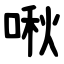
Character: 啾